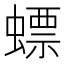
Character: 螵